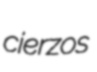
cierzos